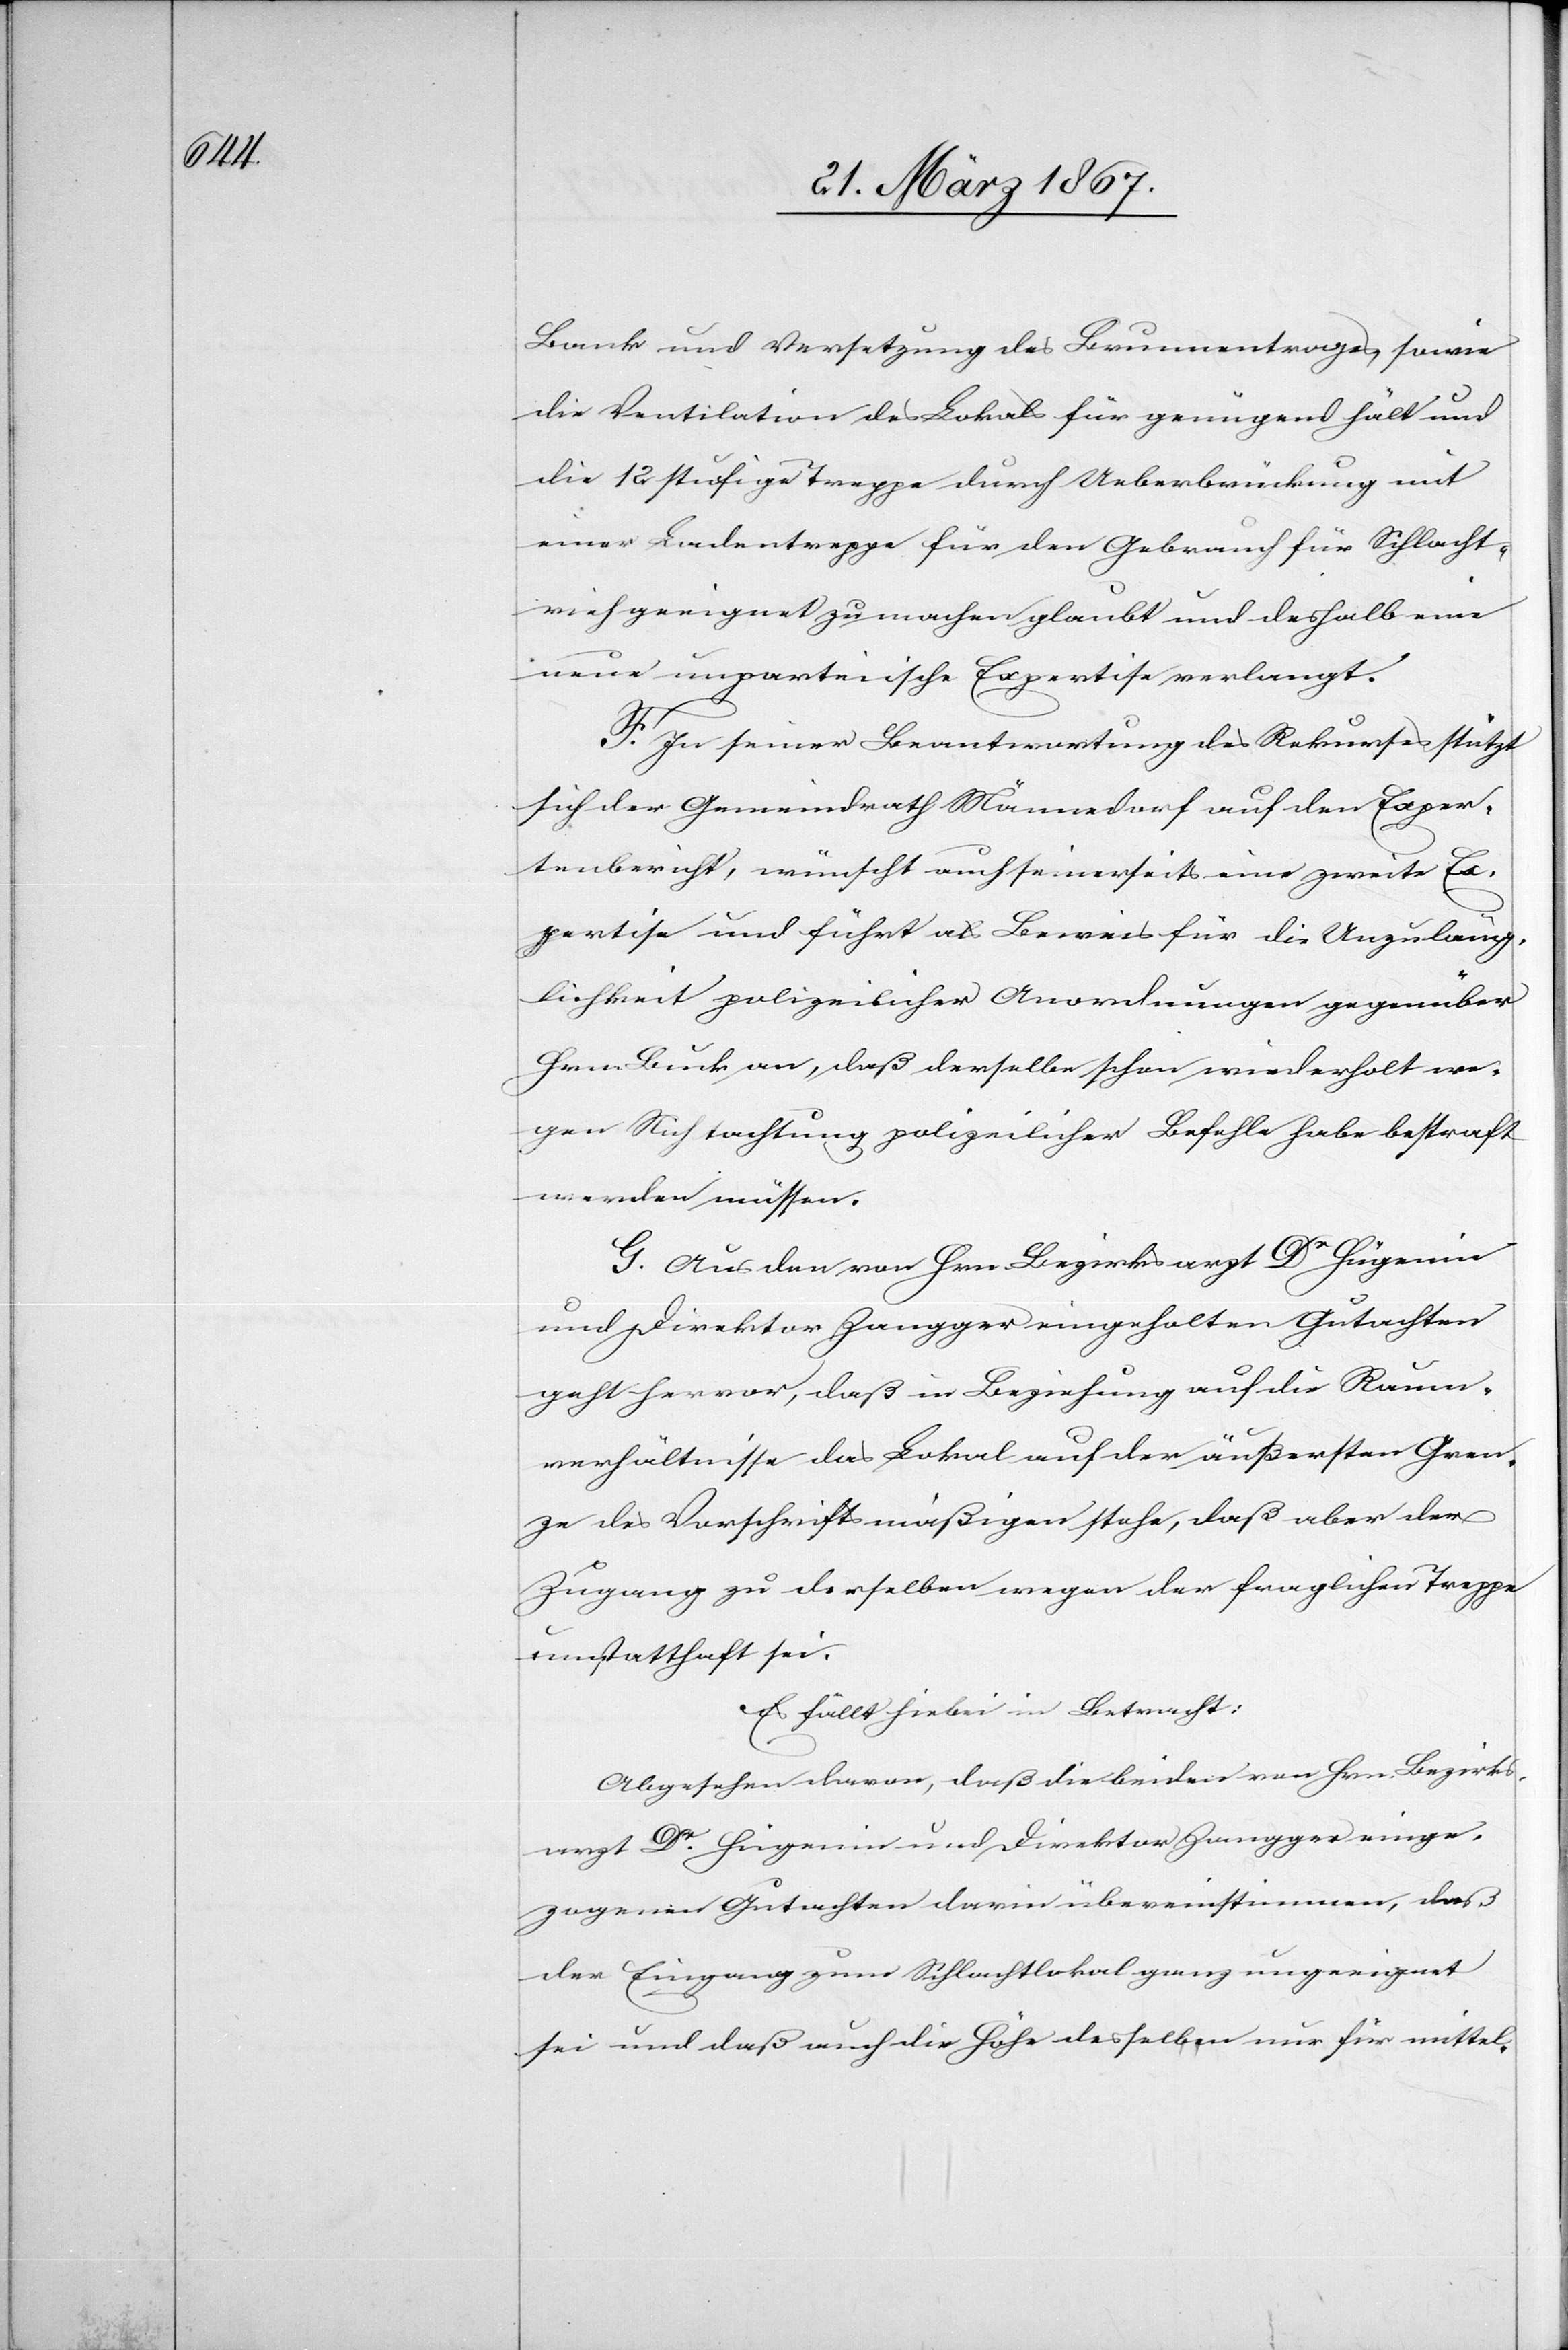
Bank und Versetzung des Brunnentroges, sowie
die Ventilation des Lokals für genügend hält und
die 12 stufige Treppe durch Ueberbrückung mit
einer Ladentreppe für den Gebrauch für Schlacht¬
vieh geeignet zu machen glaubt und deshalb eine
neue unparteiische Expertise verlangt.
F. In seiner Beantwortung des Rekurses stützt
sich der Gemeindrath Männedorf auf den Exper¬
tenbericht, wünscht auch seinerseits eine zweite Ex¬
pertise und führt als Beweis für die Unzuläng¬
lichkeit polizeilicher Anordnungen gegenüber
Hrn. Luck an, daß derselbe schon wiederholt we¬
gen Nichtachtung polizeilicher Befehle habe bestraft
werden müssen.
G. Aus den von Hrn. Bezirksarzt Dr Hügenin
und Direktor Zangger eingeholten Gutachten
geht hervor, daß in Beziehung auf die Raum¬
verhältnisse das Lokal auf der äußersten Gren¬
ze des Vorschriftsmäßigen stehe, daß aber der
Zugang zu derselben wegen der fraglichen Treppe
unstatthaft sei.
Es fällt hiebei in Betracht:
Abgesehen davon, daß die beiden von Hrn. Bezirks¬
arzt Dr Hügenin und Direktor Zangger einge¬
zogenen Gutachten darin übereinstimmen, daß
der Eingang zum Schlachtlokal ganz ungeeignet
sei und daß auch die Höhe desselben nur für mittel-